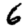
Digit: 6